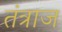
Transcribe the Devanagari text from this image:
तंत्राज